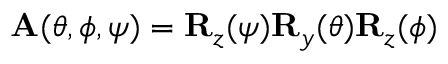
{ \bf A } ( \theta , \phi , \psi ) = { \bf R } _ { z } ( \psi ) { \bf R } _ { y } ( \theta ) { \bf R } _ { z } ( \phi )